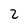
Character: 2